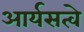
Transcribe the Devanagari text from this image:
आर्यसत्वे